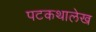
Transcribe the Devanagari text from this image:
पटकथालेख